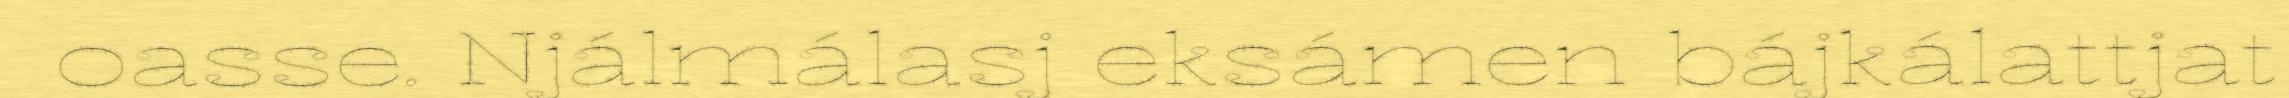
oasse. Njálmálasj eksámen bájkálattjat